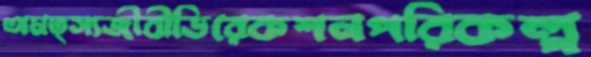
অমত্স্যজীবীডিরেকশনপরিকল্প